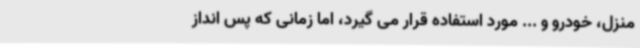
منزل، خودرو و ... مورد استفاده قرار می گیرد، اما زمانی که پس انداز